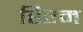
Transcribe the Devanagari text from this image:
हिरम